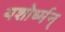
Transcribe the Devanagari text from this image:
यशोर्ध्मन्